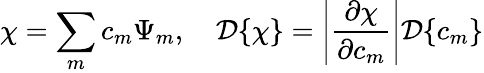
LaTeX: \chi=\sum_{m}c_{m}\Psi_{m},\quad{\cal D}\{ \chi\} =\left|\frac{\partial\chi}{\partial c_{m}}\right|{\cal D}\{ c_{m}\}